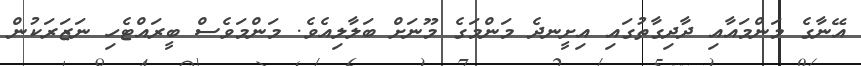
އޭނާގެ މަންމައާއި ދާދިގާތުގައި އިށީނދެ މަންމަގެ މޫނަށް ބަލާލިއެވެ. މަންމަވެސް ބީރައްޓެހި ނަޒަރަކުން